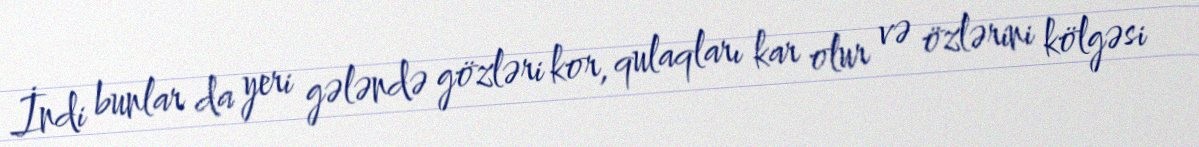
İndi bunlar da yeri gələndə gözləri kor, qulaqları kar olur və özlərini kölgəsi